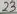
Text: 23